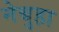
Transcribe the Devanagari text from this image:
नेबुहा